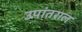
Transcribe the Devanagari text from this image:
उपांतराल